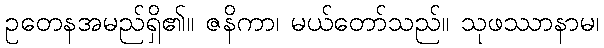
ဥတေနအမည်ရှိ၏။ ဇနိကာ၊ မယ်တော်သည်။ သုဖဿာနာမ၊